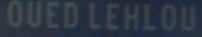
OUEDLEHLOU